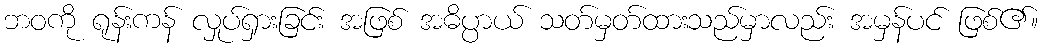
ဘဝကို ရုန်းကန် လှုပ်ရှားခြင်း အဖြစ် အဓိပ္ပာယ် သတ်မှတ်ထားသည်မှာလည်း အမှန်ပင် ဖြစ်၏။